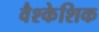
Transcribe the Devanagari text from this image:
वैश्केशिक